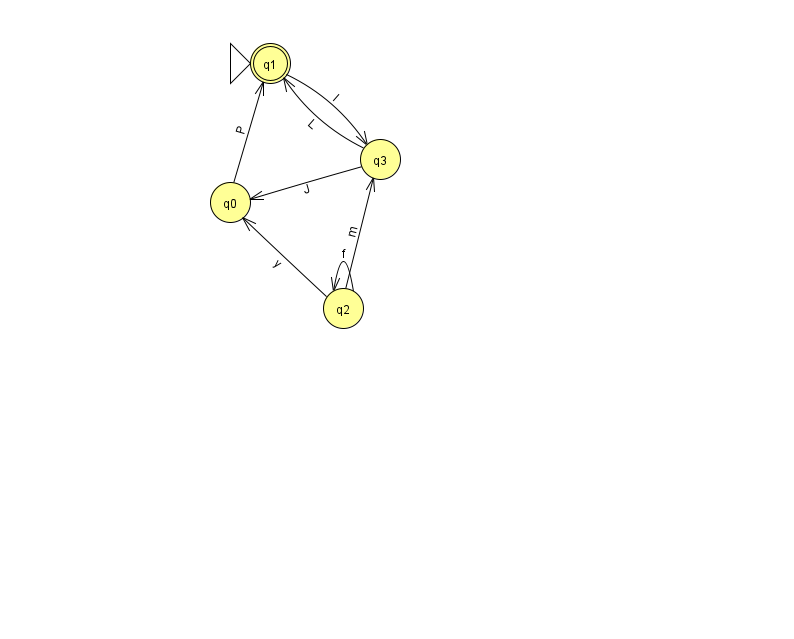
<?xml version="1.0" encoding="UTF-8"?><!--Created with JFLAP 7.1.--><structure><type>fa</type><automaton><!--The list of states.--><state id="0" name="q0"><x>230.0</x><y>189.0</y></state><state id="1" name="q1"><x>270.0</x><y>50.0</y><initial/><final/></state><state id="2" name="q2"><x>343.0</x><y>295.0</y></state><state id="3" name="q3"><x>380.0</x><y>146.0</y></state><!--The list of transitions.--><transition><from>2</from><to>2</to><read>f</read></transition><transition><from>0</from><to>1</to><read>P</read></transition><transition><from>2</from><to>0</to><read>y</read></transition><transition><from>3</from><to>0</to><read>J</read></transition><transition><from>3</from><to>1</to><read>L</read></transition><transition><from>2</from><to>3</to><read>m</read></transition><transition><from>1</from><to>3</to><read>I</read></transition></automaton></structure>